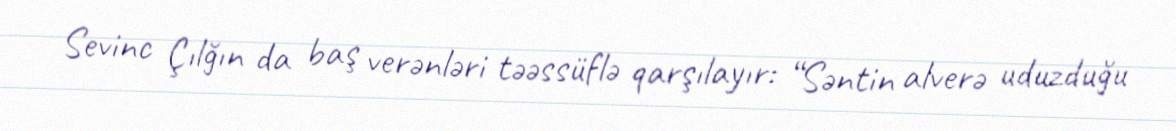
Sevinc Çılğın da baş verənləri təəssüflə qarşılayır: “Səntin alverə uduzduğu